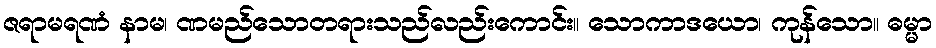
ဇရာမရဏံ နာမ၊ ဏမည်သောတရားသည်လည်းကောင်း။ သောကာဒယော၊ ကုန်သော။ ဓမ္မာ